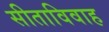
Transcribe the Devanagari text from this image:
सीताविवाह